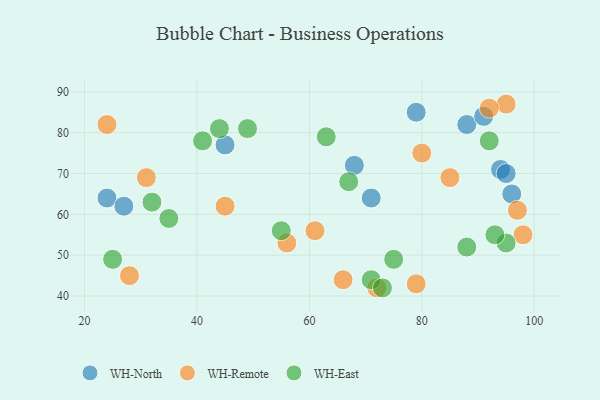
{"axis": {"x": "GDP", "y": "Life Expectancy"}, "legend": ["WH-East", "WH-North", "WH-Remote"], "data": [{"x": "24", "y": 64, "type": "WH-North"}, {"x": "96", "y": 65, "type": "WH-North"}, {"x": "88", "y": 82, "type": "WH-North"}, {"x": "91", "y": 84, "type": "WH-North"}, {"x": "94", "y": 71, "type": "WH-North"}, {"x": "45", "y": 77, "type": "WH-North"}, {"x": "79", "y": 85, "type": "WH-North"}, {"x": "27", "y": 62, "type": "WH-North"}, {"x": "71", "y": 64, "type": "WH-North"}, {"x": "68", "y": 72, "type": "WH-North"}, {"x": "95", "y": 70, "type": "WH-North"}, {"x": "80", "y": 75, "type": "WH-Remote"}, {"x": "95", "y": 87, "type": "WH-Remote"}, {"x": "45", "y": 62, "type": "WH-Remote"}, {"x": "31", "y": 69, "type": "WH-Remote"}, {"x": "28", "y": 45, "type": "WH-Remote"}, {"x": "56", "y": 53, "type": "WH-Remote"}, {"x": "24", "y": 82, "type": "WH-Remote"}, {"x": "85", "y": 69, "type": "WH-Remote"}, {"x": "92", "y": 86, "type": "WH-Remote"}, {"x": "72", "y": 42, "type": "WH-Remote"}, {"x": "61", "y": 56, "type": "WH-Remote"}, {"x": "97", "y": 61, "type": "WH-Remote"}, {"x": "98", "y": 55, "type": "WH-Remote"}, {"x": "79", "y": 43, "type": "WH-Remote"}, {"x": "66", "y": 44, "type": "WH-Remote"}, {"x": "71", "y": 44, "type": "WH-East"}, {"x": "92", "y": 78, "type": "WH-East"}, {"x": "41", "y": 78, "type": "WH-East"}, {"x": "75", "y": 49, "type": "WH-East"}, {"x": "67", "y": 68, "type": "WH-East"}, {"x": "32", "y": 63, "type": "WH-East"}, {"x": "73", "y": 42, "type": "WH-East"}, {"x": "95", "y": 53, "type": "WH-East"}, {"x": "35", "y": 59, "type": "WH-East"}, {"x": "88", "y": 52, "type": "WH-East"}, {"x": "25", "y": 49, "type": "WH-East"}, {"x": "55", "y": 56, "type": "WH-East"}, {"x": "93", "y": 55, "type": "WH-East"}, {"x": "63", "y": 79, "type": "WH-East"}, {"x": "49", "y": 81, "type": "WH-East"}, {"x": "44", "y": 81, "type": "WH-East"}]}